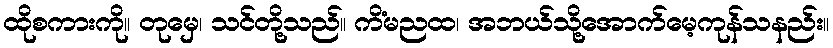
ထိုစကားကို။ တုမှေ၊ သင်တို့သည်။ ကိံမညထ၊ အဘယ်သို့အောက်မေ့ကုန်သနည်း။